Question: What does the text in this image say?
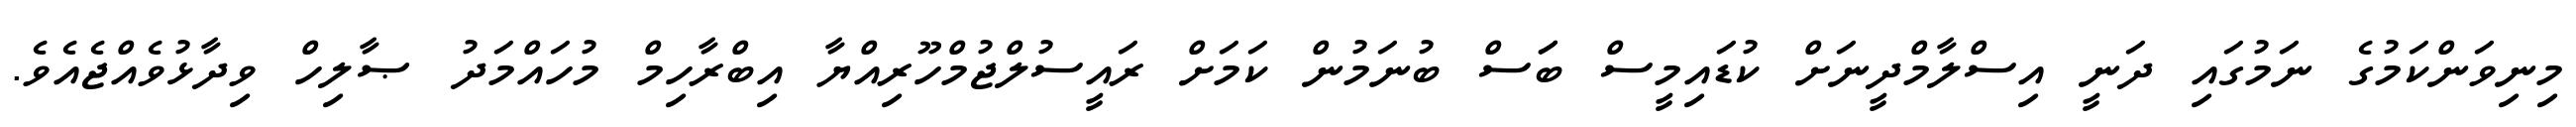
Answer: މިނިވަންކަމުގެ ނަމުގައި ދަނީ އިސްލާމްދީނަށް ކުޑައިމީސް ބަަސް ބުނަމުން ކަމަށް ރައީސުލްޖުމްހޫރިއްޔާ އިބްރާހިމް މުހައްމަދު ޞާލިހް ވިދާޅުވެއްޖެއެވެ.